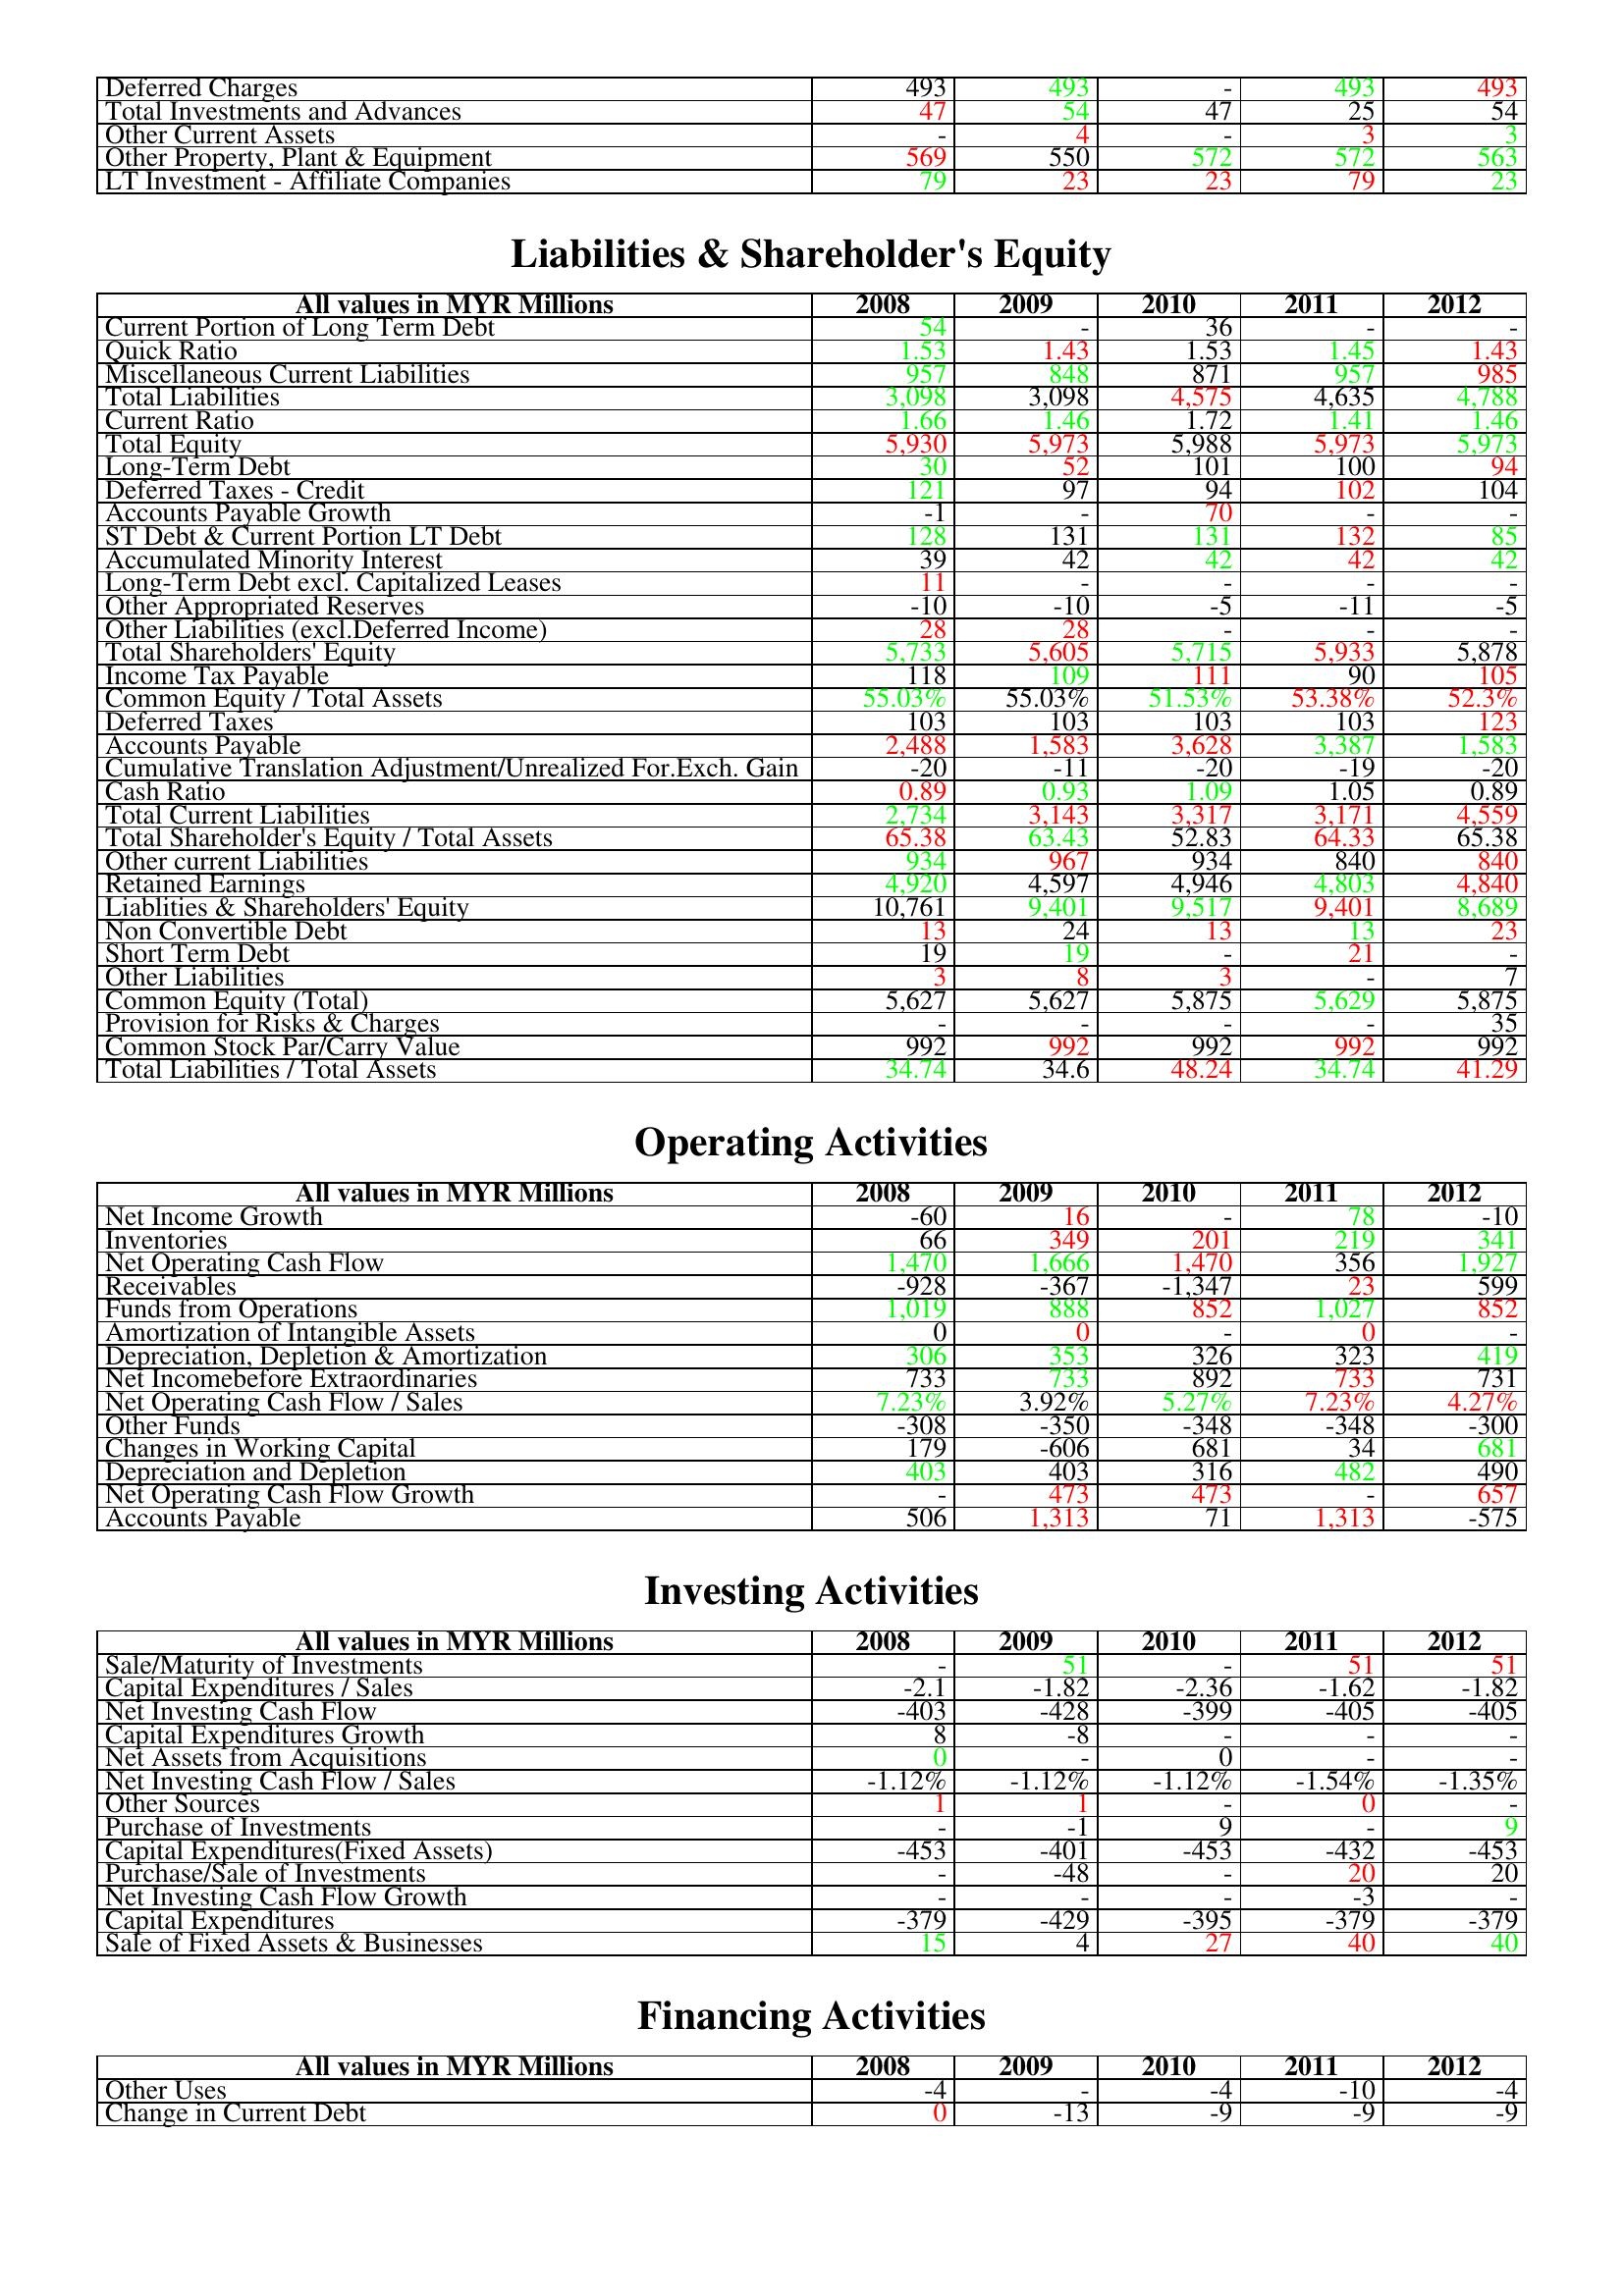
gt_parse: 2008: Assets: Deferred Charges: 493
Total Investments and Advances: 47
Other Current Assets: -
Other Property, Plant & Equipment: 569
LT Investment - Affiliate Companies: 79
Liabilities & Shareholder's Equity: Current Portion of Long Term Debt: 54
Quick Ratio: 1.53
Miscellaneous Current Liabilities: 957
Total Liabilities: 3,098
Current Ratio: 1.66
Total Equity: 5,930
Long-Term Debt: 30
Deferred Taxes - Credit: 121
Accounts Payable Growth: -1
ST Debt & Current Portion LT Debt: 128
Accumulated Minority Interest: 39
Long-Term Debt excl. Capitalized Leases: 11
Other Appropriated Reserves: -10
Other Liabilities (excl.Deferred Income): 28
Total Shareholders' Equity: 5,733
Income Tax Payable: 118
Common Equity / Total Assets: 55.03%
Deferred Taxes: 103
Accounts Payable: 2,488
Cumulative Translation Adjustment/Unrealized For.Exch. Gain: -20
Cash Ratio: 0.89
Total Current Liabilities: 2,734
Total Shareholder's Equity / Total Assets: 65.38
Other current Liabilities: 934
Retained Earnings: 4,920
Liablities & Shareholders' Equity: 10,761
Non Convertible Debt: 13
Short Term Debt: 19
Other Liabilities: 3
Common Equity (Total): 5,627
Provision for Risks & Charges: -
Common Stock Par/Carry Value: 992
Total Liabilities / Total Assets: 34.74
Operating Activities: Net Income Growth: -60
Inventories: 66
Net Operating Cash Flow: 1,470
Receivables: -928
Funds from Operations: 1,019
Amortization of Intangible Assets: 0
Depreciation, Depletion & Amortization: 306
Net Incomebefore Extraordinaries: 733
Net Operating Cash Flow / Sales: 7.23%
Other Funds: -308
Changes in Working Capital: 179
Depreciation and Depletion: 403
Net Operating Cash Flow Growth: -
Accounts Payable: 506
Investing Activities: Sale/Maturity of Investments: -
Capital Expenditures / Sales: -2.1
Net Investing Cash Flow: -403
Capital Expenditures Growth: 8
Net Assets from Acquisitions: 0
Net Investing Cash Flow / Sales: -1.12%
Other Sources: 1
Purchase of Investments: -
Capital Expenditures(Fixed Assets): -453
Purchase/Sale of Investments: -
Net Investing Cash Flow Growth: -
Capital Expenditures: -379
Sale of Fixed Assets & Businesses: 15
Financing Activities: Other Uses: -4
Change in Current Debt: 0
2009: Assets: Deferred Charges: 493
Total Investments and Advances: 54
Other Current Assets: 4
Other Property, Plant & Equipment: 550
LT Investment - Affiliate Companies: 23
Liabilities & Shareholder's Equity: Current Portion of Long Term Debt: -
Quick Ratio: 1.43
Miscellaneous Current Liabilities: 848
Total Liabilities: 3,098
Current Ratio: 1.46
Total Equity: 5,973
Long-Term Debt: 52
Deferred Taxes - Credit: 97
Accounts Payable Growth: -
ST Debt & Current Portion LT Debt: 131
Accumulated Minority Interest: 42
Long-Term Debt excl. Capitalized Leases: -
Other Appropriated Reserves: -10
Other Liabilities (excl.Deferred Income): 28
Total Shareholders' Equity: 5,605
Income Tax Payable: 109
Common Equity / Total Assets: 55.03%
Deferred Taxes: 103
Accounts Payable: 1,583
Cumulative Translation Adjustment/Unrealized For.Exch. Gain: -11
Cash Ratio: 0.93
Total Current Liabilities: 3,143
Total Shareholder's Equity / Total Assets: 63.43
Other current Liabilities: 967
Retained Earnings: 4,597
Liablities & Shareholders' Equity: 9,401
Non Convertible Debt: 24
Short Term Debt: 19
Other Liabilities: 8
Common Equity (Total): 5,627
Provision for Risks & Charges: -
Common Stock Par/Carry Value: 992
Total Liabilities / Total Assets: 34.6
Operating Activities: Net Income Growth: 16
Inventories: 349
Net Operating Cash Flow: 1,666
Receivables: -367
Funds from Operations: 888
Amortization of Intangible Assets: 0
Depreciation, Depletion & Amortization: 353
Net Incomebefore Extraordinaries: 733
Net Operating Cash Flow / Sales: 3.92%
Other Funds: -350
Changes in Working Capital: -606
Depreciation and Depletion: 403
Net Operating Cash Flow Growth: 473
Accounts Payable: 1,313
Investing Activities: Sale/Maturity of Investments: 51
Capital Expenditures / Sales: -1.82
Net Investing Cash Flow: -428
Capital Expenditures Growth: -8
Net Assets from Acquisitions: -
Net Investing Cash Flow / Sales: -1.12%
Other Sources: 1
Purchase of Investments: -1
Capital Expenditures(Fixed Assets): -401
Purchase/Sale of Investments: -48
Net Investing Cash Flow Growth: -
Capital Expenditures: -429
Sale of Fixed Assets & Businesses: 4
Financing Activities: Other Uses: -
Change in Current Debt: -13
2010: Assets: Deferred Charges: -
Total Investments and Advances: 47
Other Current Assets: -
Other Property, Plant & Equipment: 572
LT Investment - Affiliate Companies: 23
Liabilities & Shareholder's Equity: Current Portion of Long Term Debt: 36
Quick Ratio: 1.53
Miscellaneous Current Liabilities: 871
Total Liabilities: 4,575
Current Ratio: 1.72
Total Equity: 5,988
Long-Term Debt: 101
Deferred Taxes - Credit: 94
Accounts Payable Growth: 70
ST Debt & Current Portion LT Debt: 131
Accumulated Minority Interest: 42
Long-Term Debt excl. Capitalized Leases: -
Other Appropriated Reserves: -5
Other Liabilities (excl.Deferred Income): -
Total Shareholders' Equity: 5,715
Income Tax Payable: 111
Common Equity / Total Assets: 51.53%
Deferred Taxes: 103
Accounts Payable: 3,628
Cumulative Translation Adjustment/Unrealized For.Exch. Gain: -20
Cash Ratio: 1.09
Total Current Liabilities: 3,317
Total Shareholder's Equity / Total Assets: 52.83
Other current Liabilities: 934
Retained Earnings: 4,946
Liablities & Shareholders' Equity: 9,517
Non Convertible Debt: 13
Short Term Debt: -
Other Liabilities: 3
Common Equity (Total): 5,875
Provision for Risks & Charges: -
Common Stock Par/Carry Value: 992
Total Liabilities / Total Assets: 48.24
Operating Activities: Net Income Growth: -
Inventories: 201
Net Operating Cash Flow: 1,470
Receivables: -1,347
Funds from Operations: 852
Amortization of Intangible Assets: -
Depreciation, Depletion & Amortization: 326
Net Incomebefore Extraordinaries: 892
Net Operating Cash Flow / Sales: 5.27%
Other Funds: -348
Changes in Working Capital: 681
Depreciation and Depletion: 316
Net Operating Cash Flow Growth: 473
Accounts Payable: 71
Investing Activities: Sale/Maturity of Investments: -
Capital Expenditures / Sales: -2.36
Net Investing Cash Flow: -399
Capital Expenditures Growth: -
Net Assets from Acquisitions: 0
Net Investing Cash Flow / Sales: -1.12%
Other Sources: -
Purchase of Investments: 9
Capital Expenditures(Fixed Assets): -453
Purchase/Sale of Investments: -
Net Investing Cash Flow Growth: -
Capital Expenditures: -395
Sale of Fixed Assets & Businesses: 27
Financing Activities: Other Uses: -4
Change in Current Debt: -9
2011: Assets: Deferred Charges: 493
Total Investments and Advances: 25
Other Current Assets: 3
Other Property, Plant & Equipment: 572
LT Investment - Affiliate Companies: 79
Liabilities & Shareholder's Equity: Current Portion of Long Term Debt: -
Quick Ratio: 1.45
Miscellaneous Current Liabilities: 957
Total Liabilities: 4,635
Current Ratio: 1.41
Total Equity: 5,973
Long-Term Debt: 100
Deferred Taxes - Credit: 102
Accounts Payable Growth: -
ST Debt & Current Portion LT Debt: 132
Accumulated Minority Interest: 42
Long-Term Debt excl. Capitalized Leases: -
Other Appropriated Reserves: -11
Other Liabilities (excl.Deferred Income): -
Total Shareholders' Equity: 5,933
Income Tax Payable: 90
Common Equity / Total Assets: 53.38%
Deferred Taxes: 103
Accounts Payable: 3,387
Cumulative Translation Adjustment/Unrealized For.Exch. Gain: -19
Cash Ratio: 1.05
Total Current Liabilities: 3,171
Total Shareholder's Equity / Total Assets: 64.33
Other current Liabilities: 840
Retained Earnings: 4,803
Liablities & Shareholders' Equity: 9,401
Non Convertible Debt: 13
Short Term Debt: 21
Other Liabilities: -
Common Equity (Total): 5,629
Provision for Risks & Charges: -
Common Stock Par/Carry Value: 992
Total Liabilities / Total Assets: 34.74
Operating Activities: Net Income Growth: 78
Inventories: 219
Net Operating Cash Flow: 356
Receivables: 23
Funds from Operations: 1,027
Amortization of Intangible Assets: 0
Depreciation, Depletion & Amortization: 323
Net Incomebefore Extraordinaries: 733
Net Operating Cash Flow / Sales: 7.23%
Other Funds: -348
Changes in Working Capital: 34
Depreciation and Depletion: 482
Net Operating Cash Flow Growth: -
Accounts Payable: 1,313
Investing Activities: Sale/Maturity of Investments: 51
Capital Expenditures / Sales: -1.62
Net Investing Cash Flow: -405
Capital Expenditures Growth: -
Net Assets from Acquisitions: -
Net Investing Cash Flow / Sales: -1.54%
Other Sources: 0
Purchase of Investments: -
Capital Expenditures(Fixed Assets): -432
Purchase/Sale of Investments: 20
Net Investing Cash Flow Growth: -3
Capital Expenditures: -379
Sale of Fixed Assets & Businesses: 40
Financing Activities: Other Uses: -10
Change in Current Debt: -9
2012: Assets: Deferred Charges: 493
Total Investments and Advances: 54
Other Current Assets: 3
Other Property, Plant & Equipment: 563
LT Investment - Affiliate Companies: 23
Liabilities & Shareholder's Equity: Current Portion of Long Term Debt: -
Quick Ratio: 1.43
Miscellaneous Current Liabilities: 985
Total Liabilities: 4,788
Current Ratio: 1.46
Total Equity: 5,973
Long-Term Debt: 94
Deferred Taxes - Credit: 104
Accounts Payable Growth: -
ST Debt & Current Portion LT Debt: 85
Accumulated Minority Interest: 42
Long-Term Debt excl. Capitalized Leases: -
Other Appropriated Reserves: -5
Other Liabilities (excl.Deferred Income): -
Total Shareholders' Equity: 5,878
Income Tax Payable: 105
Common Equity / Total Assets: 52.3%
Deferred Taxes: 123
Accounts Payable: 1,583
Cumulative Translation Adjustment/Unrealized For.Exch. Gain: -20
Cash Ratio: 0.89
Total Current Liabilities: 4,559
Total Shareholder's Equity / Total Assets: 65.38
Other current Liabilities: 840
Retained Earnings: 4,840
Liablities & Shareholders' Equity: 8,689
Non Convertible Debt: 23
Short Term Debt: -
Other Liabilities: 7
Common Equity (Total): 5,875
Provision for Risks & Charges: 35
Common Stock Par/Carry Value: 992
Total Liabilities / Total Assets: 41.29
Operating Activities: Net Income Growth: -10
Inventories: 341
Net Operating Cash Flow: 1,927
Receivables: 599
Funds from Operations: 852
Amortization of Intangible Assets: -
Depreciation, Depletion & Amortization: 419
Net Incomebefore Extraordinaries: 731
Net Operating Cash Flow / Sales: 4.27%
Other Funds: -300
Changes in Working Capital: 681
Depreciation and Depletion: 490
Net Operating Cash Flow Growth: 657
Accounts Payable: -575
Investing Activities: Sale/Maturity of Investments: 51
Capital Expenditures / Sales: -1.82
Net Investing Cash Flow: -405
Capital Expenditures Growth: -
Net Assets from Acquisitions: -
Net Investing Cash Flow / Sales: -1.35%
Other Sources: -
Purchase of Investments: 9
Capital Expenditures(Fixed Assets): -453
Purchase/Sale of Investments: 20
Net Investing Cash Flow Growth: -
Capital Expenditures: -379
Sale of Fixed Assets & Businesses: 40
Financing Activities: Other Uses: -4
Change in Current Debt: -9